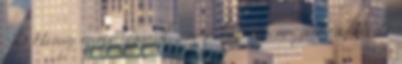
:D Henry memóriájával semmi baj nincs, ezért is kereste